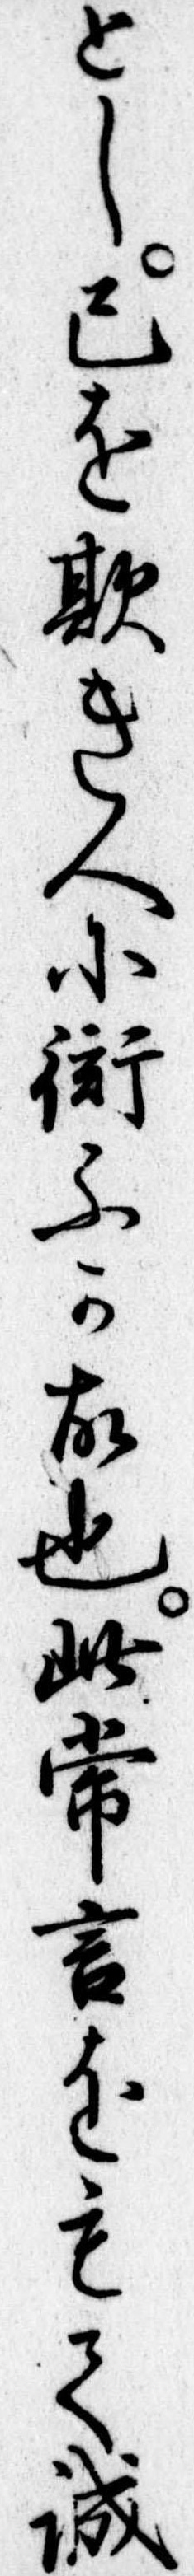
とし己を欺き人に衒ふか故也此常言をもて誠